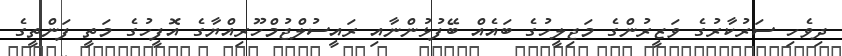
ދިވެހި ސަރުކާރުގެ ވަޒީރުންގެ މަޖިލީހުގެ ބައެއް ބޭފުޅުންނާއި ރައީސުލްޖުމްހޫރިއްޔާގެ އޮފީހުގެ މަތީ ފަންތީގެ